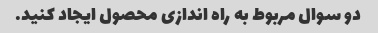
دو سوال مربوط به راه اندازی محصول ایجاد کنید.